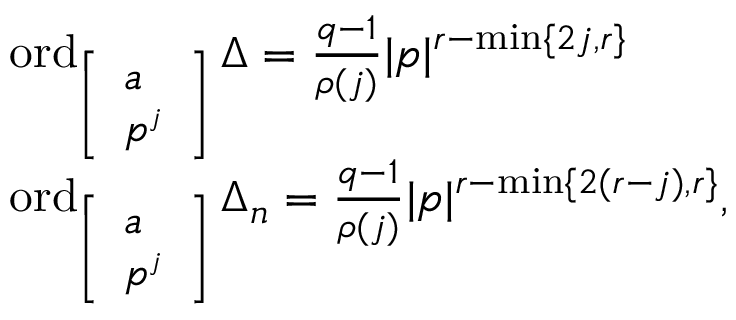
\begin{array} { r l } & { \operatorname { o r d } _ { \small { \left[ \begin{array} { l } { a } \\ { \mathfrak { p } ^ { j } } \end{array} \right] } } \Delta = \frac { q - 1 } { \rho ( j ) } | \mathfrak { p } | ^ { r - \operatorname* { m i n } \{ 2 j , r \} } } \\ & { \operatorname { o r d } _ { \small { \left[ \begin{array} { l } { a } \\ { \mathfrak { p } ^ { j } } \end{array} \right] } } \Delta _ { \mathfrak { n } } = \frac { q - 1 } { \rho ( j ) } | \mathfrak { p } | ^ { r - \operatorname* { m i n } \{ 2 ( r - j ) , r \} } , } \end{array}